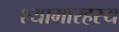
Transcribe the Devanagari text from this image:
श्यामारहस्य